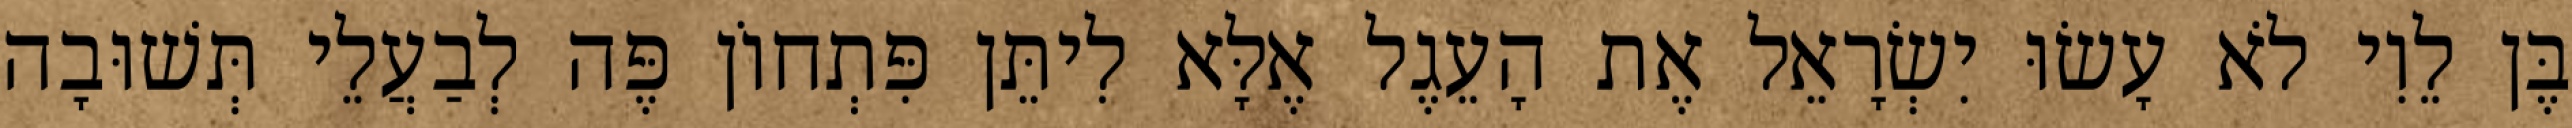
בֶּן לֵוִי לֹא עָשׂוּ יִשְׂרָאֵל אֶת הָעֵגֶל אֶלָּא לִיתֵּן פִּתְחוֹן פֶּה לְבַעֲלֵי תְּשׁוּבָה